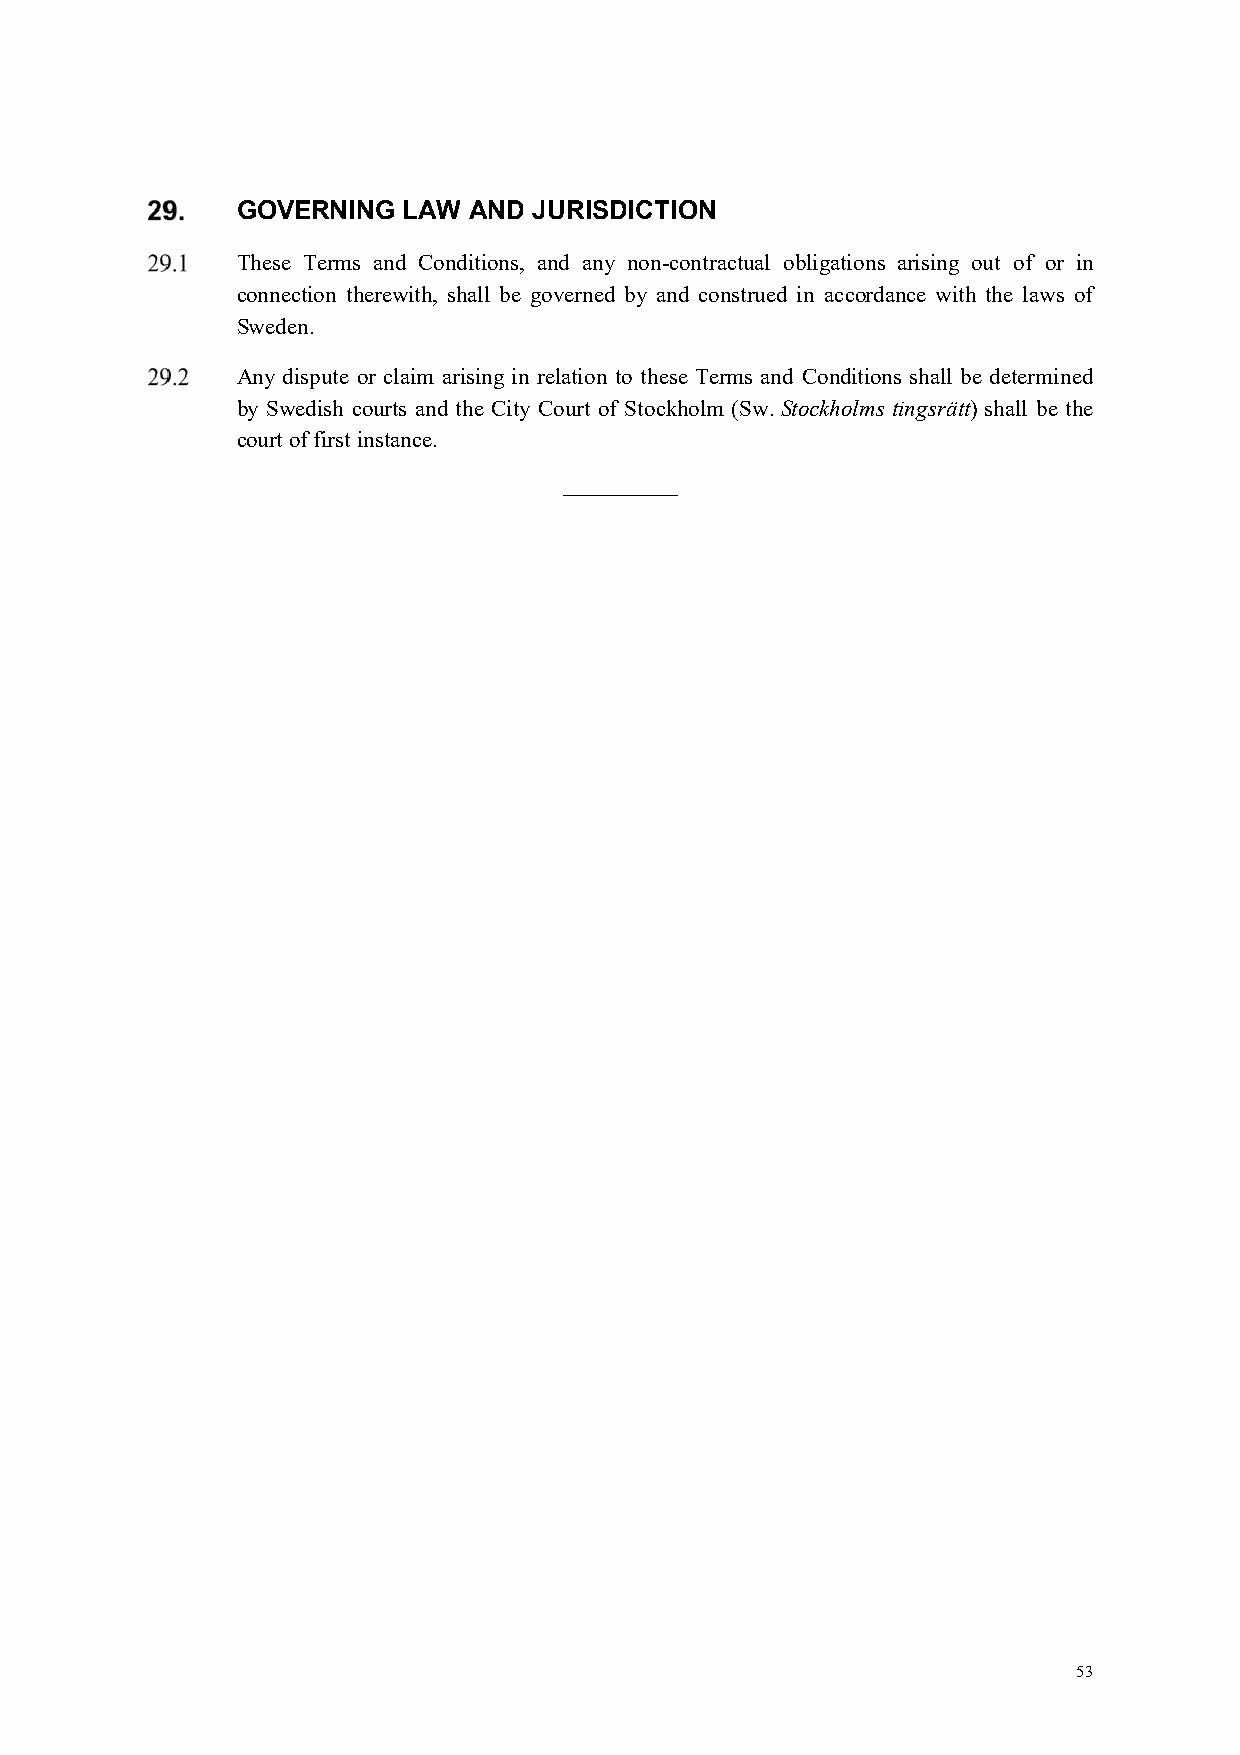
GOVERNING  LAW AND JURISDICTION
 These Terms and Conditions, and any non-contractual obligations arising out of or in
 connection therewith, shall be governed by and construed in accordance with the laws of
 Sweden.
 Any dispute or claim arising in relation to these Terms and Conditions shall be determined
 by Swedish courts and the City Court of Stockholm (Sw. Stockholms tingsrätt) shall be the
 court of first instance.
 __________
 53